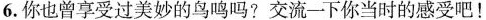
6.你也曾享受过美妙的鸟鸣吗?交流一下你当时的感受吧！